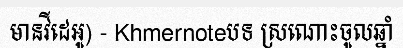
មានវីដេអូ) - Khmernoteបទ ស្រណោះចូលឆ្នាំ